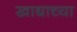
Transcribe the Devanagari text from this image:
खाद्याच्या